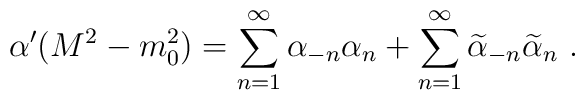
\alpha ^{\prime }(M^2-m_0^2)=\sum_{n=1}^\infty \alpha_{-n}\alpha _n+\sum_{n=1}^\infty \widetilde{\alpha }_{-n}\widetilde{\alpha }_n\ .